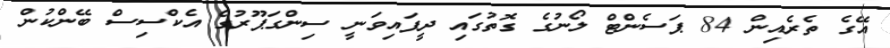
އޭގެ ތެރެއިން 84 ޕަސެންޓް ލޯނުގެ ގޮތުގައި ދީފައިވަނީ ސިންގަޕޫރުގެ އެކްސިސް ބޭންކުން